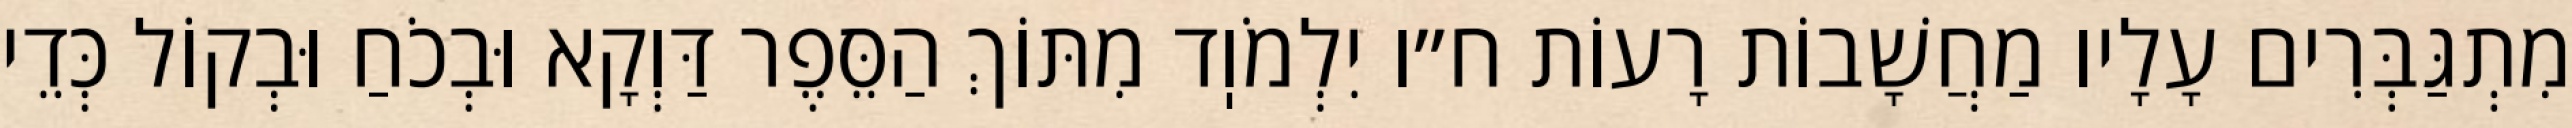
מִתְגַּבְּרִים עָלָיו מַחֲשָׁבוֹת רָעוֹת ח״ו יִלְמֹוֽד מִתּוֹךְ הַסֵּפֶר דַּוְקָא וּבְכֹחַ וּבְקוֹל כְּדֵי